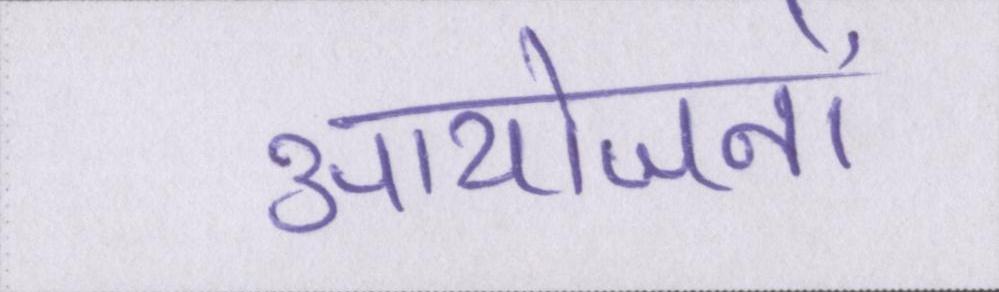
आयोजनों